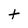
Character: t